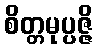
စိတ္တမုပ္ပဇ္ဇိ